Report of the Indian Hemp Drugs Commission, 1894-1895 - Volume V
Year: 1894
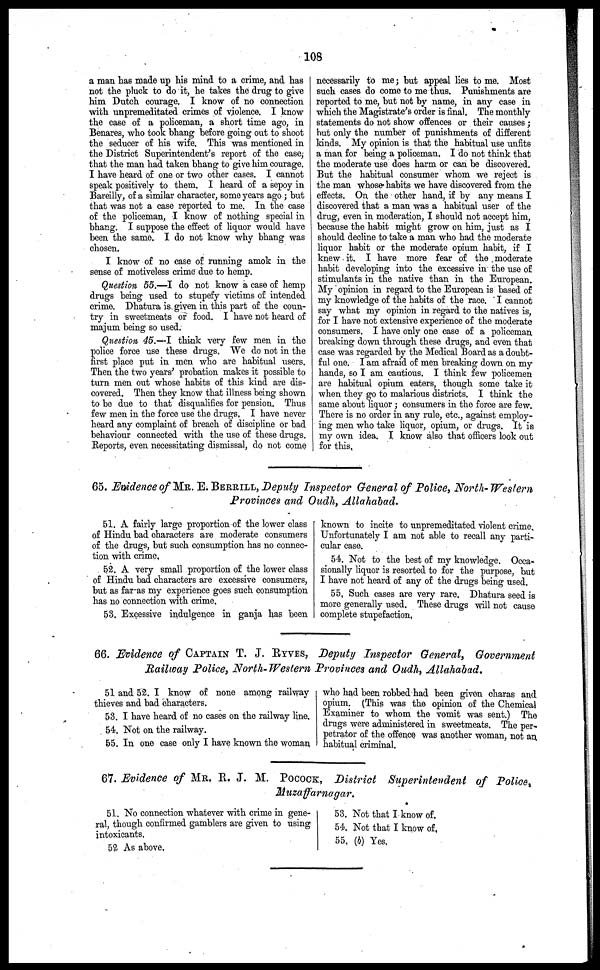
108
a man has made up his mind to a crime, and has
not the pluck to do it, he takes the drug to give
him Dutch courage. I know of no connection
with unpremeditated crimes of violence. I know
the case of a policeman, a short time ago, in
Benares, who took bhang before going out to shoot
the seducer of his wife. This was mentioned in
the District Superintendent's report of the case,
that the man had taken bhang to give him courage.
I have heard of one or two other cases. I cannot
speak positively to them. I heard of a sepoy in
Bareilly, of a similar character, some years ago ; but
that was not a case reported to me. In the case
of the policeman, I know of nothing special in
bhang. I suppose the effect of liquor would have
been the same. I do not know why bhang was
chosen.
I know of no case of running amok in the
sense of motiveless crime due to hemp.
Question 55.—I do not know a case of hemp
drugs being used to stupefy victims of intended
crime. Dhatura is given in this part of the coun-
try in sweetmeats or food. I have not heard of
majum being so used.
Question 45.—I think very few men in the
police force use these drugs. We do not in the
first place put in men who are habitual users.
Then the two years' probation makes it possible to
turn men out whose habits of this kind are dis-
covered. Then they know that illness being shown
to be due to that disqualifies for pension. Thus
few men in the force use the drugs, I have never
heard any complaint of breach of discipline or bad
behaviour connected with the use of these drugs.
Reports, even necessitating dismissal, do not come
necessarily to me; but appeal lies to me. Most
such cases do come to me thus. Punishments are
reported to me, but not by name, in any case in
which the Magistrate's order is final. The monthly
statements do not show offences or their causes ;
but only the number of punishments of different
kinds. My opinion is that the habitual use unfits
a man for being a policeman. I do not think that
the moderate use does harm or can be discovered.
But the habitual consumer whom we reject is
the man whose habits we have discovered from the
effects. On the other hand, if by any means I
discovered that a man was a habitual user of the
drug, even in moderation, I should not accept him,
because the habit might grow on him, just as I
should decline to take a man who had the moderate
liquor habit or the moderate opium habit, if I
knew it. I have more fear of the moderate
habit developing into the excessive in the use of
stimulants in the native than in the European.
My opinion in regard to the European is based of
my knowledge of the habits of the race. I cannot
say what my opinion in regard to the natives is,
for I have not extensive experience of the moderate
consumers. I have only one case of a policeman
breaking down through these drugs, and even that
case was regarded by the Medical Board as a doubt-
ful one. I am afraid of men breaking down on my
hands, so I am cautious. I think few policemen
are habitual opium eaters, though some take it
when they go to malarious districts. I think the
same about liquor ; consumers in the force are few.
There is no order in any rule, etc., against employ-
ing men who take liquor, opium, or drugs. It is
my own idea. I know also that officers look out
for this.
65. Evidence of MR. E. BERRILL , Deputy Inspector General of Police, North-Western
Provinces and Oudh, Allahabad.
51. A fairly large proportion of the lower class
of Hindu bad characters are moderate consumers
of the drugs, but such consumption has no connec-
tion with crime.
52. A very small proportion of the lower class
of Hindu bad characters are excessive consumers,
but as farras my experience goes such consumption
has no connection with crime.
53. Excessive indulgence in ganja has been
known to incite to unpremeditated violent crime.
Unfortunately I am not able to recall any parti-
cular case.
54. Not to the best of my knowledge. Occa-
sionally liquor is resorted to for the purpose, but
I have not heard of any of the drugs being used.
55, Such cases are very rare. Dhatura seed is
more generally used. These drugs will not cause
complete stupefaction.
66. Evidence of CAPTAIN T. J. RYVES , Deputy Inspector General, Government
Railway Police, North-Western Provinces and Oudh, Allahabad,
51 and 52. I know of none among railway
thieves and bad characters.
53. I have heard of no cases on the railway line.
54. Not on the railway.
55. In one case only I have known the woman
who had been robbed had been given charas and
opium. (This was the opinion of the Chemical
Examiner to whom the vomit was sent.) The
drugs were administered in sweetmeats. The per-
petrator of the offence was another woman, not an
habitual criminal.
67. Evidence of MR. R. J. M. POCOCK , District Superintendent of Police ,
Muzaffarnagar.
51. No connection whatever with crime in gene-
ral, though confirmed gamblers are given to using
intoxicants.
52 As above.
53. Not that I know of.
54. Not that I know of.
55. (b) Yes.